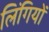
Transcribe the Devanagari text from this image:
लिंगियों